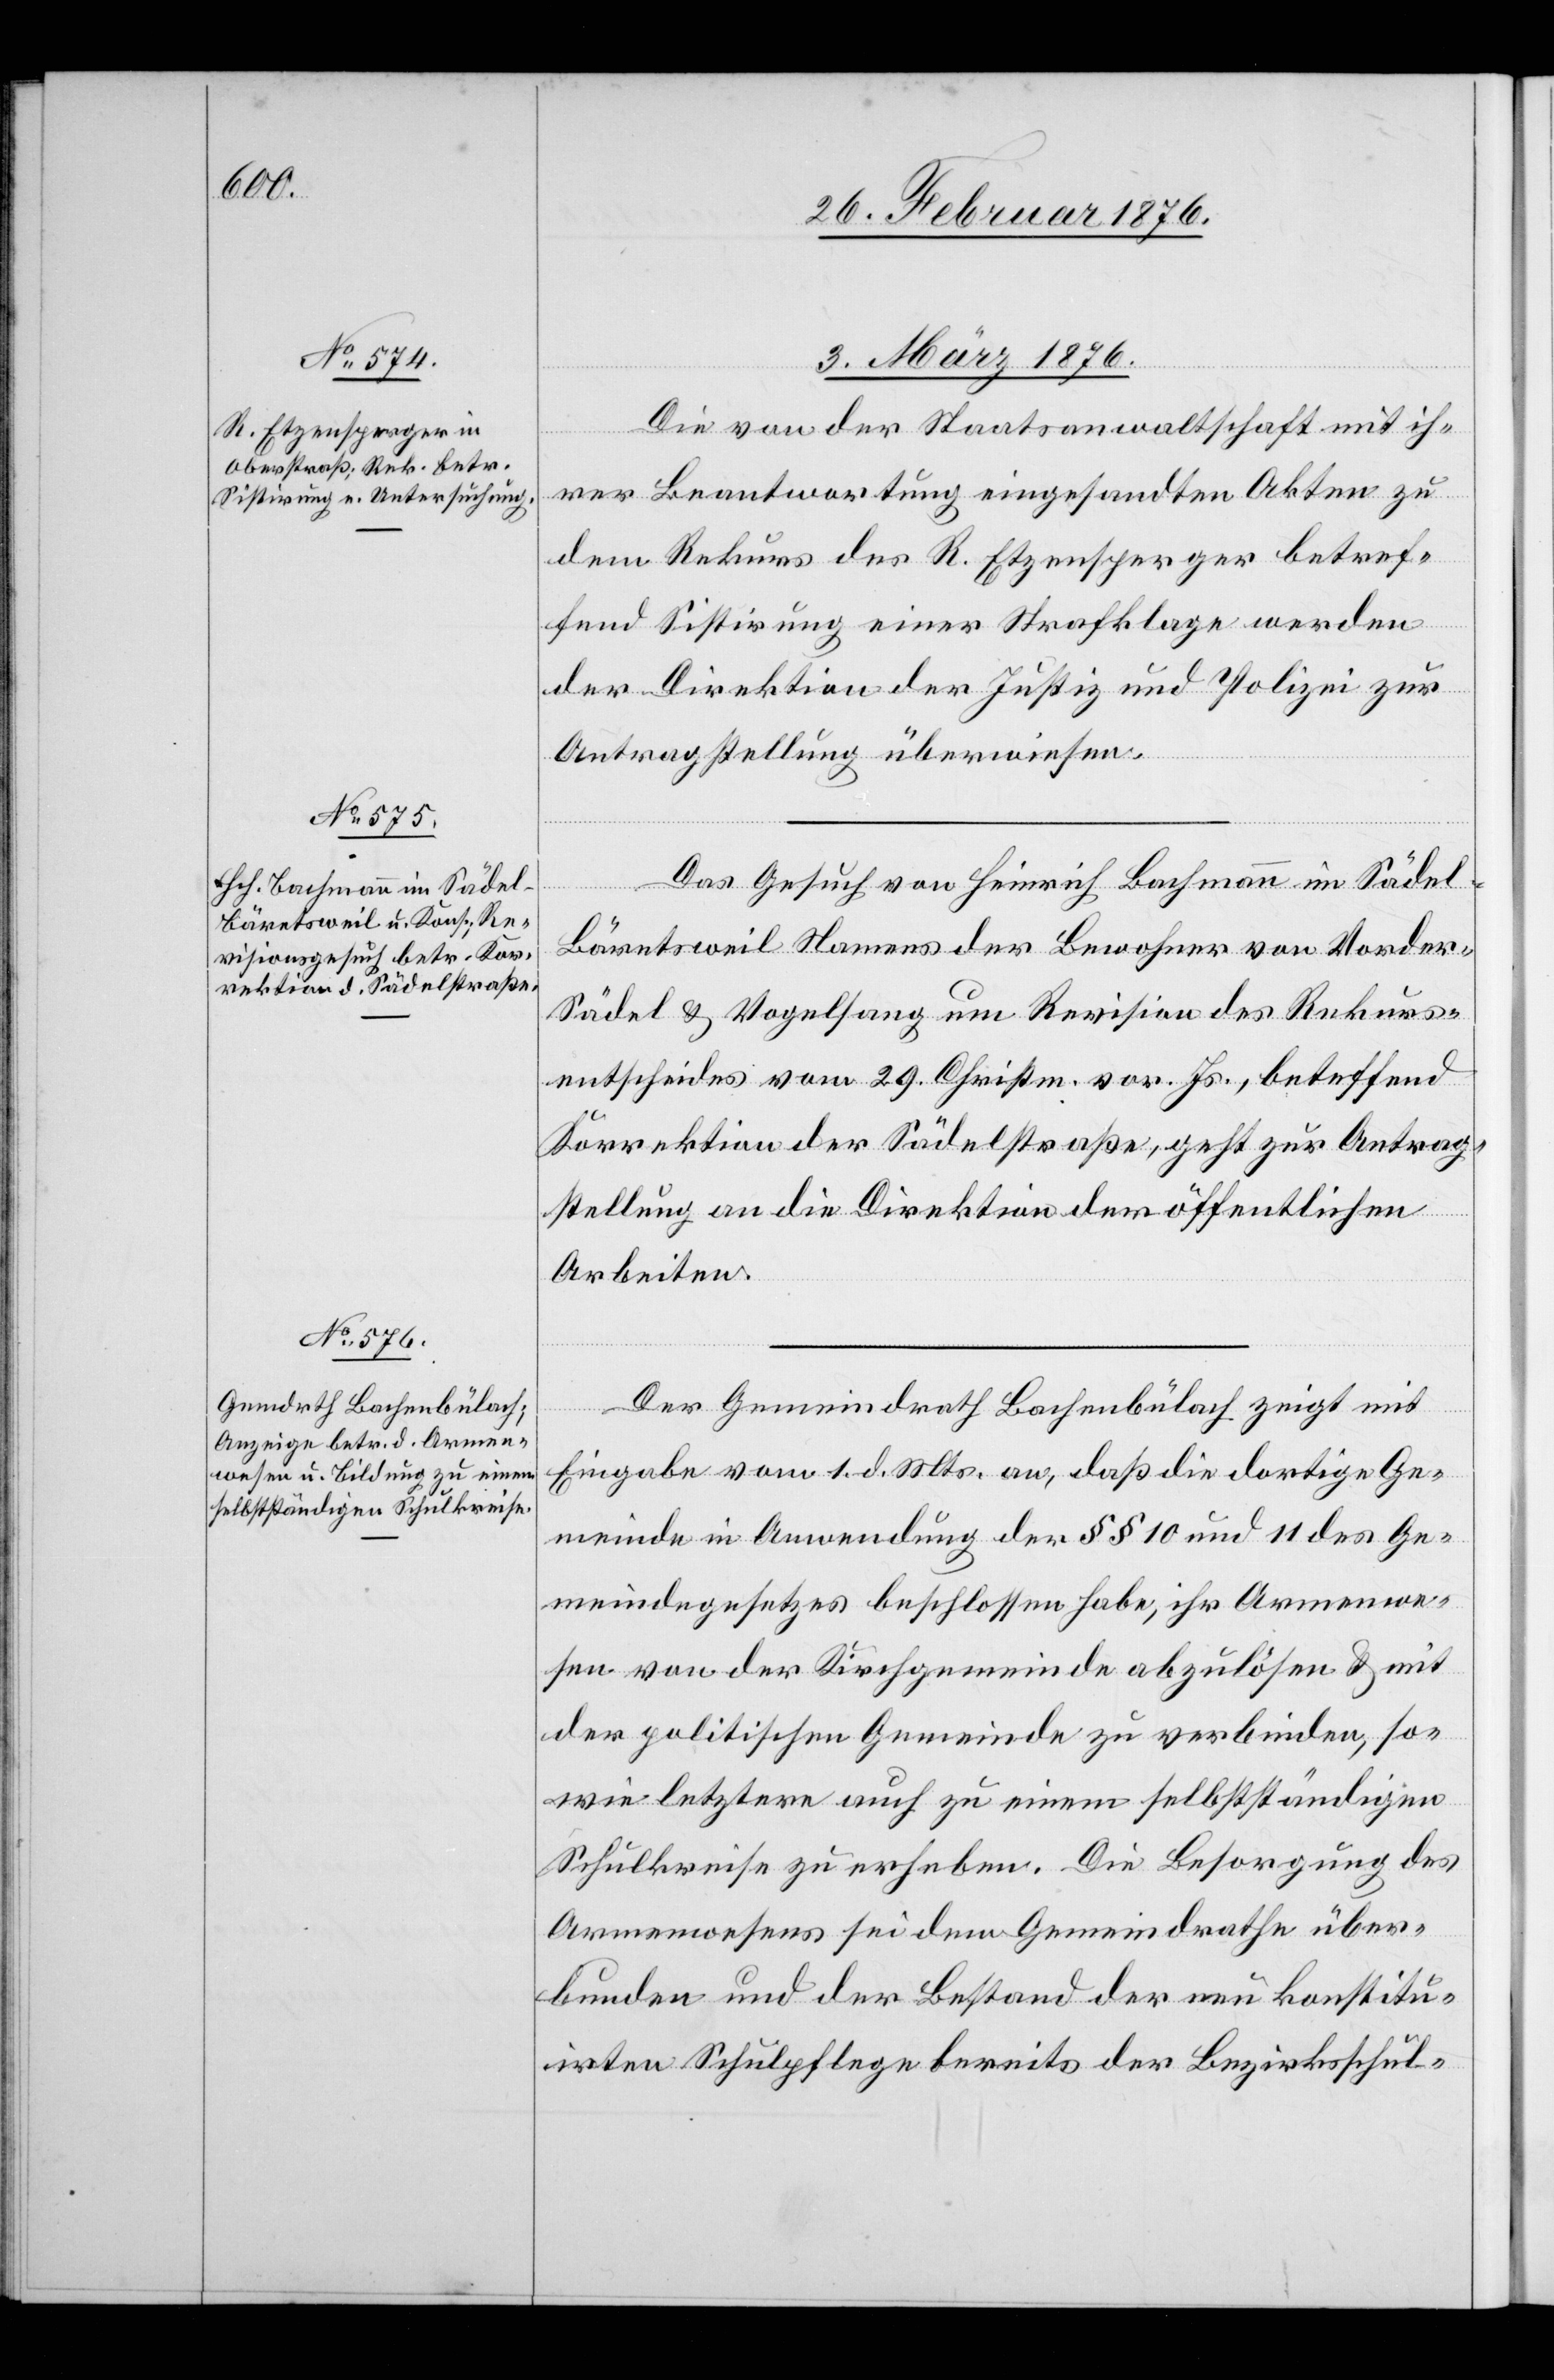
3. März 1876.]
Die von der Staatsanwaltschaft mit ih¬
rer Beantwortung eingesandten Akten zu
dem Rekurs des R. Etzensperger betref¬
fend Sistirung einer Strafklage werden
der Direktion der Justiz und Polizei zur
Antragstellung überwiesen.
Das Gesuch von Heinrich Bachmann im Sädel-B¬
äretsweil Namens der Bewohner von Vorde¬
r-Sädel & Vogelsang um Revision des Rekurs¬
entscheides vom 29. Christm. vor. Js., betreffend
Korrektion der Sädelstraße, geht zur Antrag¬
stellung an die Direktion der öffentlichen
Arbeiten.
Der Gemeindrath Bachenbülach zeigt mit
Eingabe vom 1. d. Mts. an, daß die dortige Ge¬
meinde in Anwendung der §§ 10 und 11 des Ge¬
meindegesetzes beschlossen habe, ihr Armenwe¬
sen von der Kirchgemeinde abzulösen & mit
der politischen Gemeinde zu verbinden, so¬
wie letztere auch zu einem selbstständigen
Schulkreise zu erheben. Die Besorgung des
Armenwesens sei dem Gemeindrathe über¬
bunden und der Bestand der neu konstitu¬
irten Schulpflege bereits der Bezirksschul-